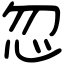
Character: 忽